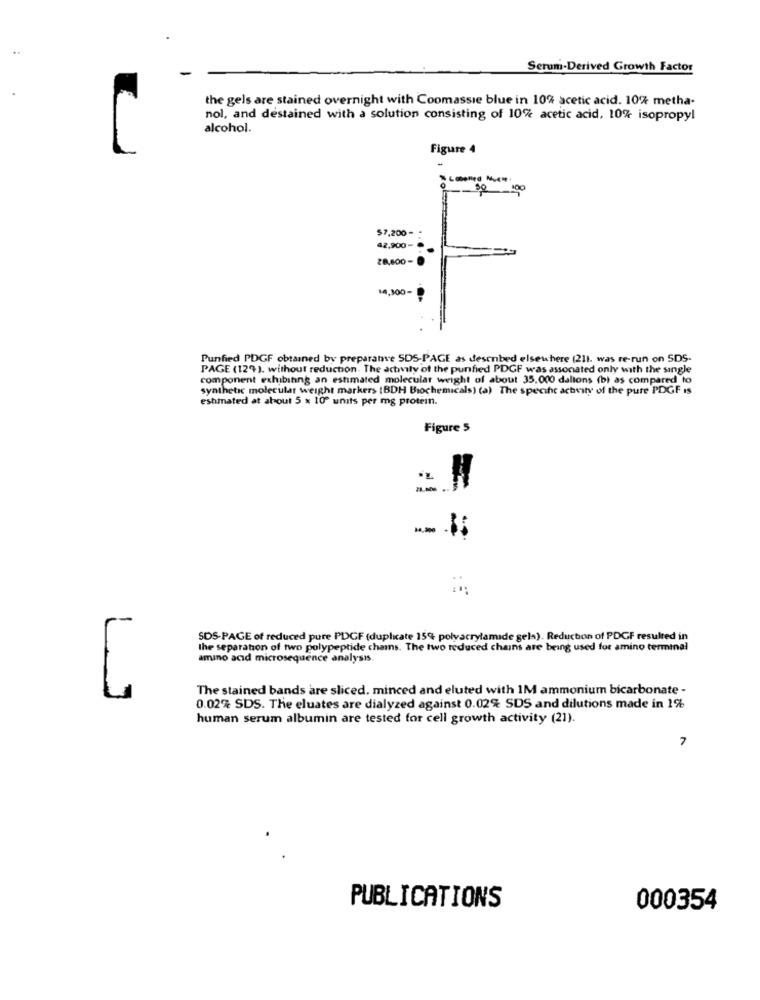
Serum-Derived Growth Factor
the gels are stained overnight with Coomassie blue in 10% acetic acid. 10% metha-
nol, and destained with a solution consisting of 10% acetic acid, 10% isopropyl
alcohol.
Figure 4
-30 100
$7,200 = =
42,900- ℃
28,000-
14,300-
Punfied PDGF obtained by preparative SDS-PAGE as described elsewhere (211. was re-run on SDS-
PAGE (124). without reduction. The activity of the punfied PDGF was associated only with the single
component exhibiting an estimated molecular weight of about 35.000 dalions (b) as compared to
synthetic molecular weight markers (BDH Biochemicals) (a) The specihc achvity of the pure PDGF Is
eshmated at about 5 x 10º units per mg protein.
Figure 5
= =
--
SDS-PAGE of reduced pure PDGF (duplicate 15% polyacrylamide gels). Reduction of PDGF resulted in
the separation of two polypeptide chains. The two reduced chains are being used for amino terminal
amino acid microsequence analysis.
The stained bands are sliced. minced and eluted with IM ammonium bicarbonate -
0.02% SDS. The eluates are dialyzed against 0.02% SDS and dilutions made in 1%
human serum albumin are tested for cell growth activity (21).
7
PUBLICATIONS
000354